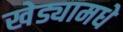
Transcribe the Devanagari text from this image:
खेड्यामधे